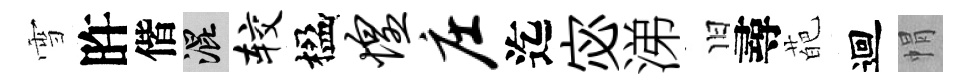
雪旿偕混较楹惶庄迄宓涕旧尋葩迴㡌